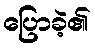
ပြောခဲ့၏